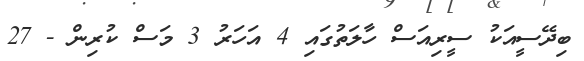
ބިދޭސީއަކު ސީރިއަސް ހާލަތުގައި 4 އަހަރު 3 މަސް ކުރިން - 27